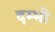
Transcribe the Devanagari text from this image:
दम्भी